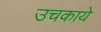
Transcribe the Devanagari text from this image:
उचकाये